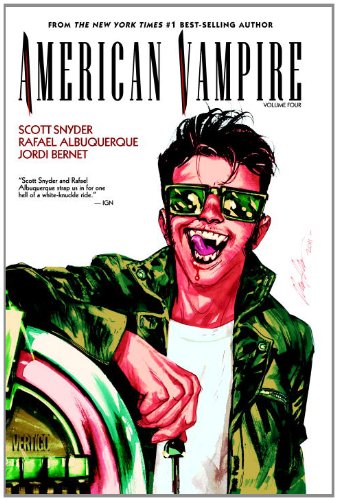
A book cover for American Vampire Vol. 4; Scott Snyder; Comics & Graphic Novels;